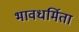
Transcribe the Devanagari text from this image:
भावधर्मिता